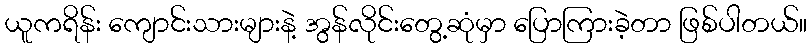
ယူကရိန်း ကျောင်းသားများနဲ့ အွန်လိုင်းတွေ့ဆုံမှာ ပြောကြားခဲ့တာ ဖြစ်ပါတယ်။